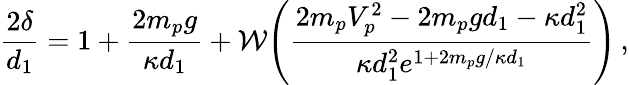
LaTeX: \frac{2\delta}{d_{1}}=1+\frac{2m_{p}g}{\kappa d_{1}}+\mathcal{W}\Bigg(\frac{2m_{p}V_{p}^{2}-2m_{p}gd_{1}-\kappa d_{1}^{2}}{\kappa d_{1}^{2}e^{1+2m_{p}g/\kappa d_{1}}}\Bigg)\, ,